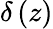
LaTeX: \delta\left(z\right)